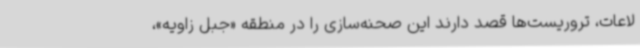
لاعات، تروریست‌ها قصد دارند این صحنه‌سازی را در منطقه «جبل زاویه»،